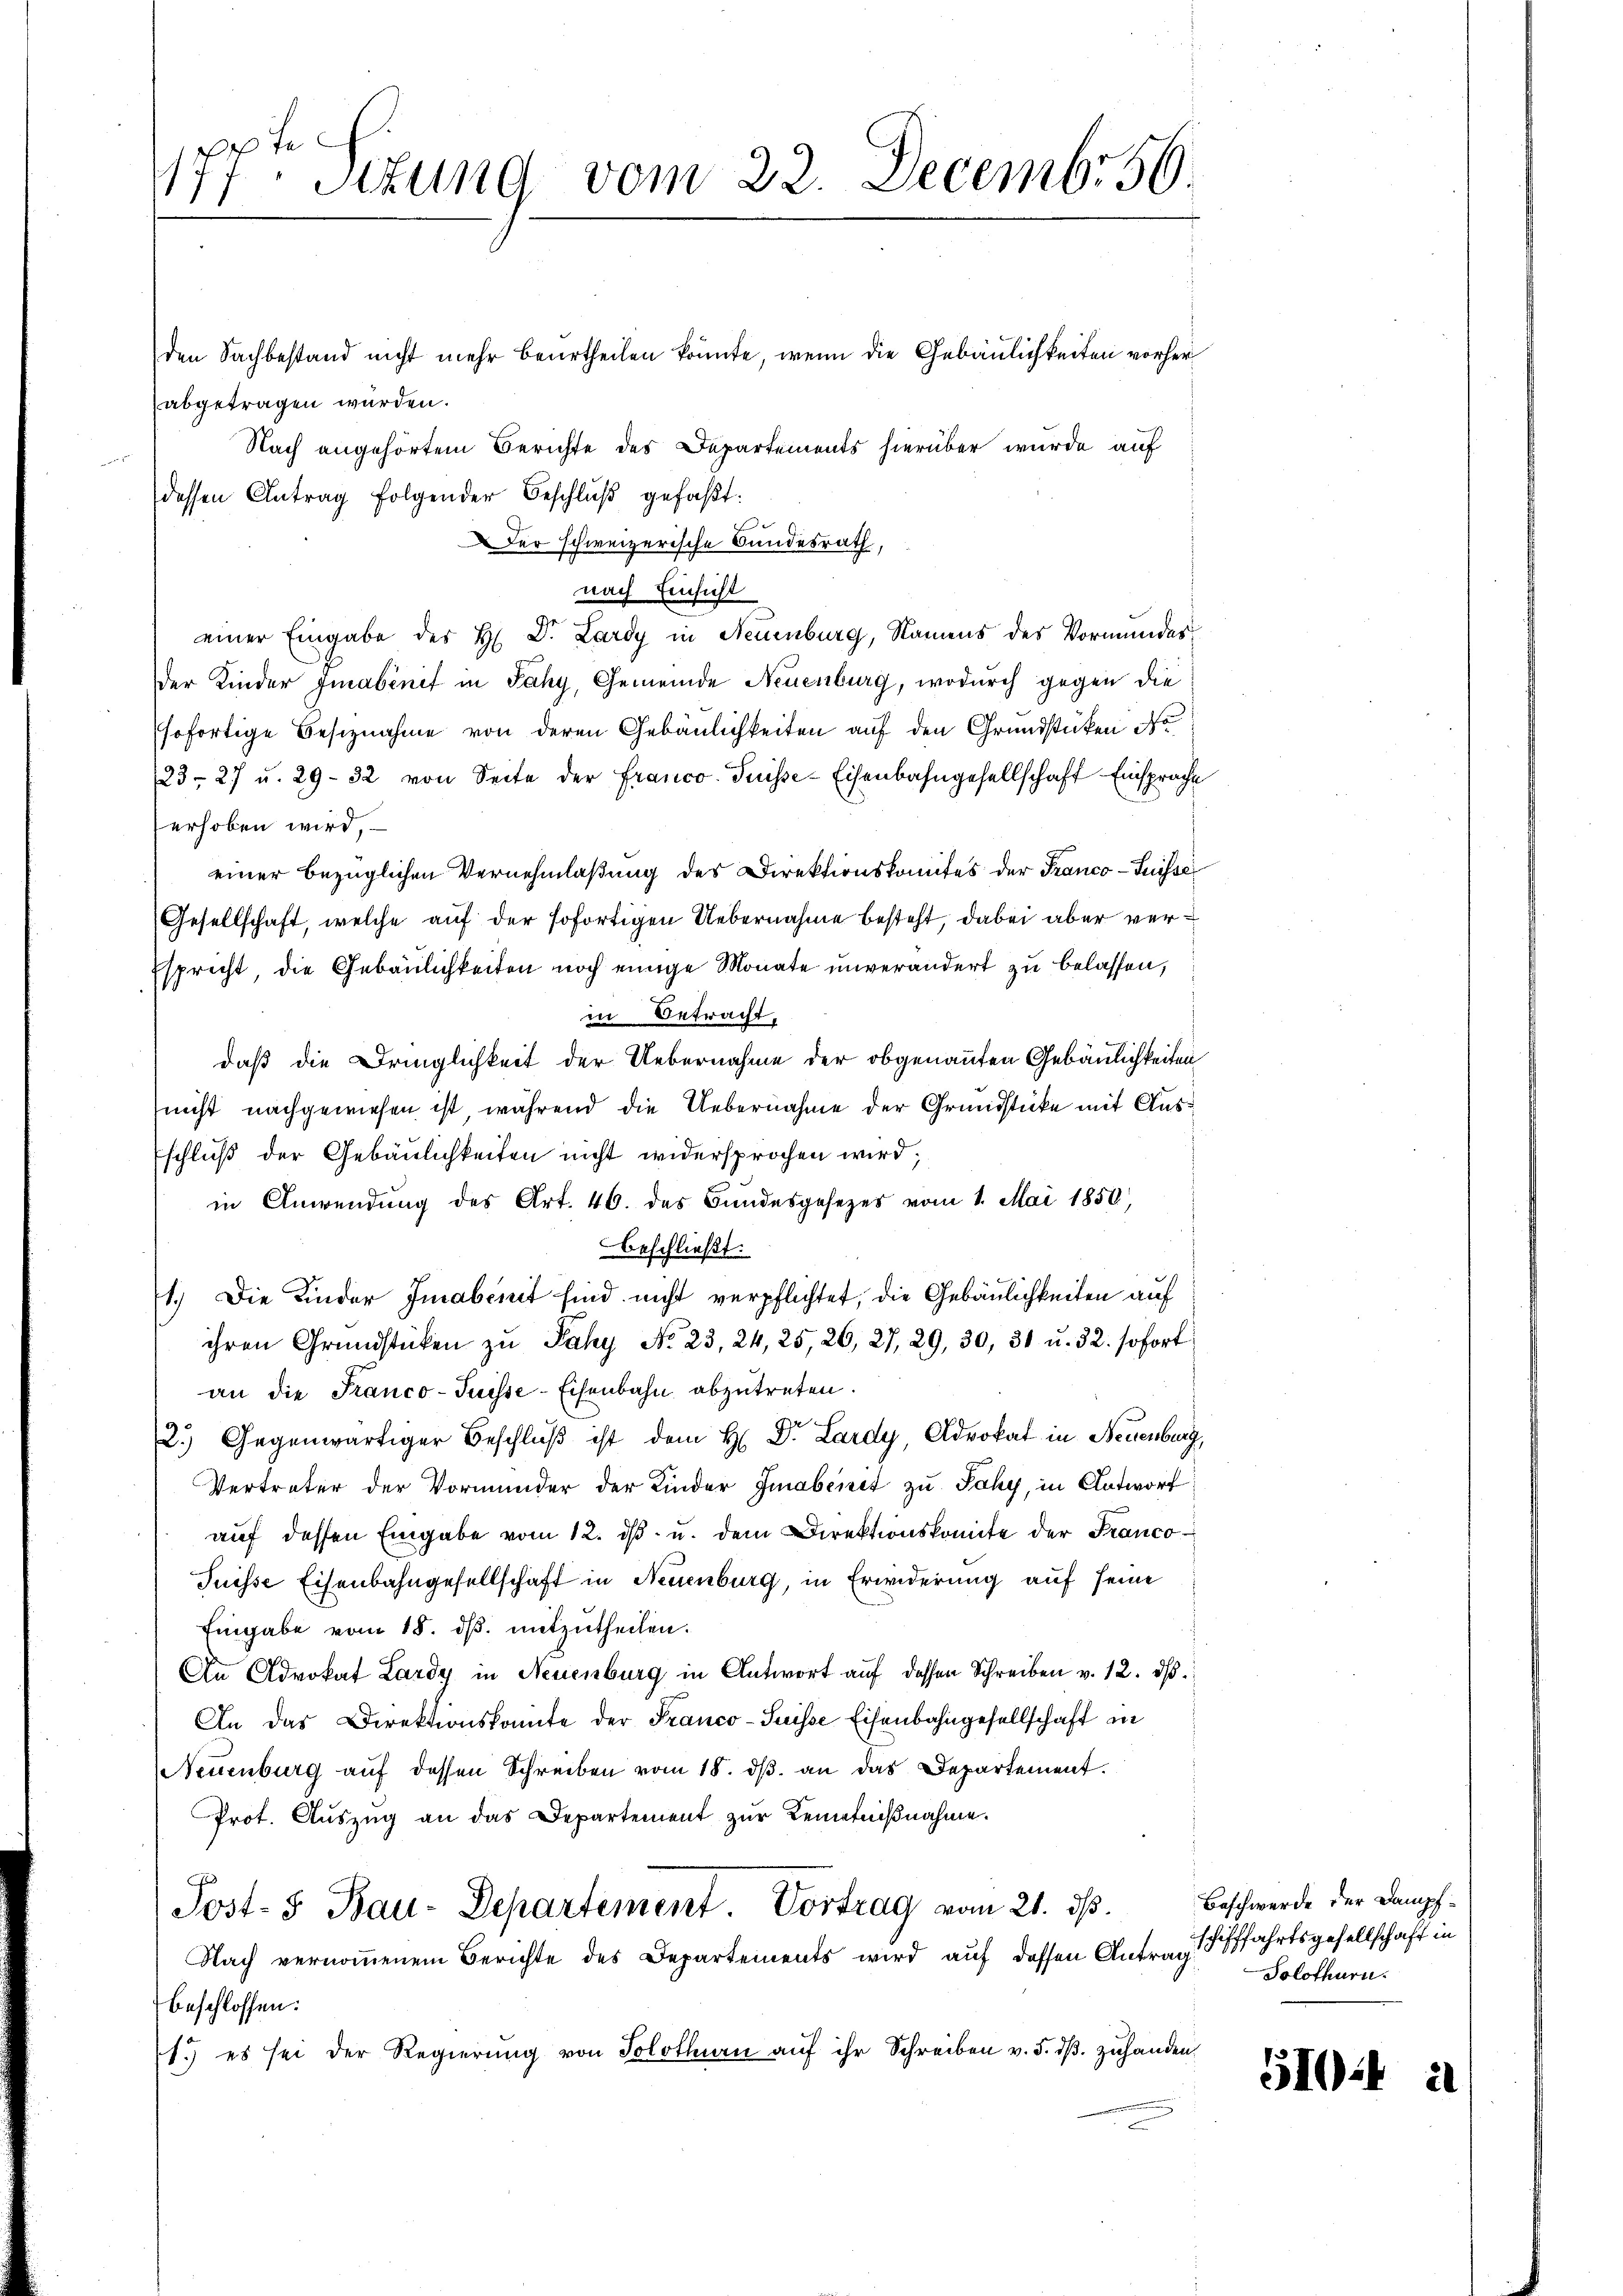
den Sachbestand nicht mehr beurtheilen könnte, wenn die Gebäulichkeiten vorher
abgetragen würden.
Nach angehörtem Berichte des Departements hierüber wurde auf
dessen Antrag folgender Beschlŭβ gefaßt:
Der schweizerische Bundesrath,
nach Einsicht
einer Eingabe des H. Dr. Lardy in Neuenburg, Namens des Vormundesder Kinder Grabenit in Paky, Gemeinde Neuenburg, wodurch gegen die
sofortige Besiznahme von deren Gebäulichkeiten auf den Grundstücken No
/23. 27 u. 29. 32 von Seite der Franco- Puisse-Eisenbahngesellschaft Einsprache
erhoben wird,
einer bezüglichen Vernehmlaßung des Direktionskomites der Franco-Suisse
Gesellschaft, welche auf der sofortigen Uebernahme besteht, dabei aber ver¬
Espricht, die Gebäulichkeiten noch einige Monate unverändert zu belassen,
in Betracht,
daß die Dringlichkeit der Uebernahme der obgenannten Gebäulichkeiten
nicht nachgewiesen ist, während die Uebernahme der Grundstücke mit Ausschluß der Gebäulichkeiten nicht widersprochen wird;
in Anwendung des Art. 46. des Bundesgesezes vom 1. Mai 1850,
beschließt:
1.) Die Kinder Imabemit sind nicht verpflichtet, die Gebäulichkeiten auf
ihren Grundstücken zu Paky No. 23, 24, 25, 26, 27, 29, 30, 31 u. 32. sofort
an die Franco-Puisse-Eisenbahn abzutreten.
2.) Gegenwärtiger Beschlŭβ ist dem H. Dr. Lardy, Advokat in Neuenburg,
Vertreter der Vormunder der Kinder Grabereit zu Sahy, in Antwort
auf dessen Eingabe vom 12. ds. u. dem Direktionskomite der Franco¬
Tuisse Eisenbahngesellschaft in Neuenburg, in Erwiderung auf seine
Eingabe vom 15. ds. mitzutheilen.
An Advokat Lardy in Neuenburg in Antwort auf dessen Schreiben v. 12. dβ.
An das Direktionskomite der Franco-Suisse Eisenbahngesellschaft in
Neuenburg aŭf dessen Schreiben vom 18. dβ an das Departement.
Prot. Aŭszŭg an das Departement zŭr Kenntnißnahme.
Post- 5. Bau-Departement Vortrag vom 21. ds.
Nach vernommenem Berichte des Departements wird auf dessen Antrag fffahrtsgesellschaft in
beschlossen:
1.) es sei der Regierŭng von Solothurn aŭf ihr Schreiben v. 5. dβ zŭ handen,

pte
17. Situng vom 22. Decembr 56.

Beschwerde der Dampf¬
Solothurn.

51044 u